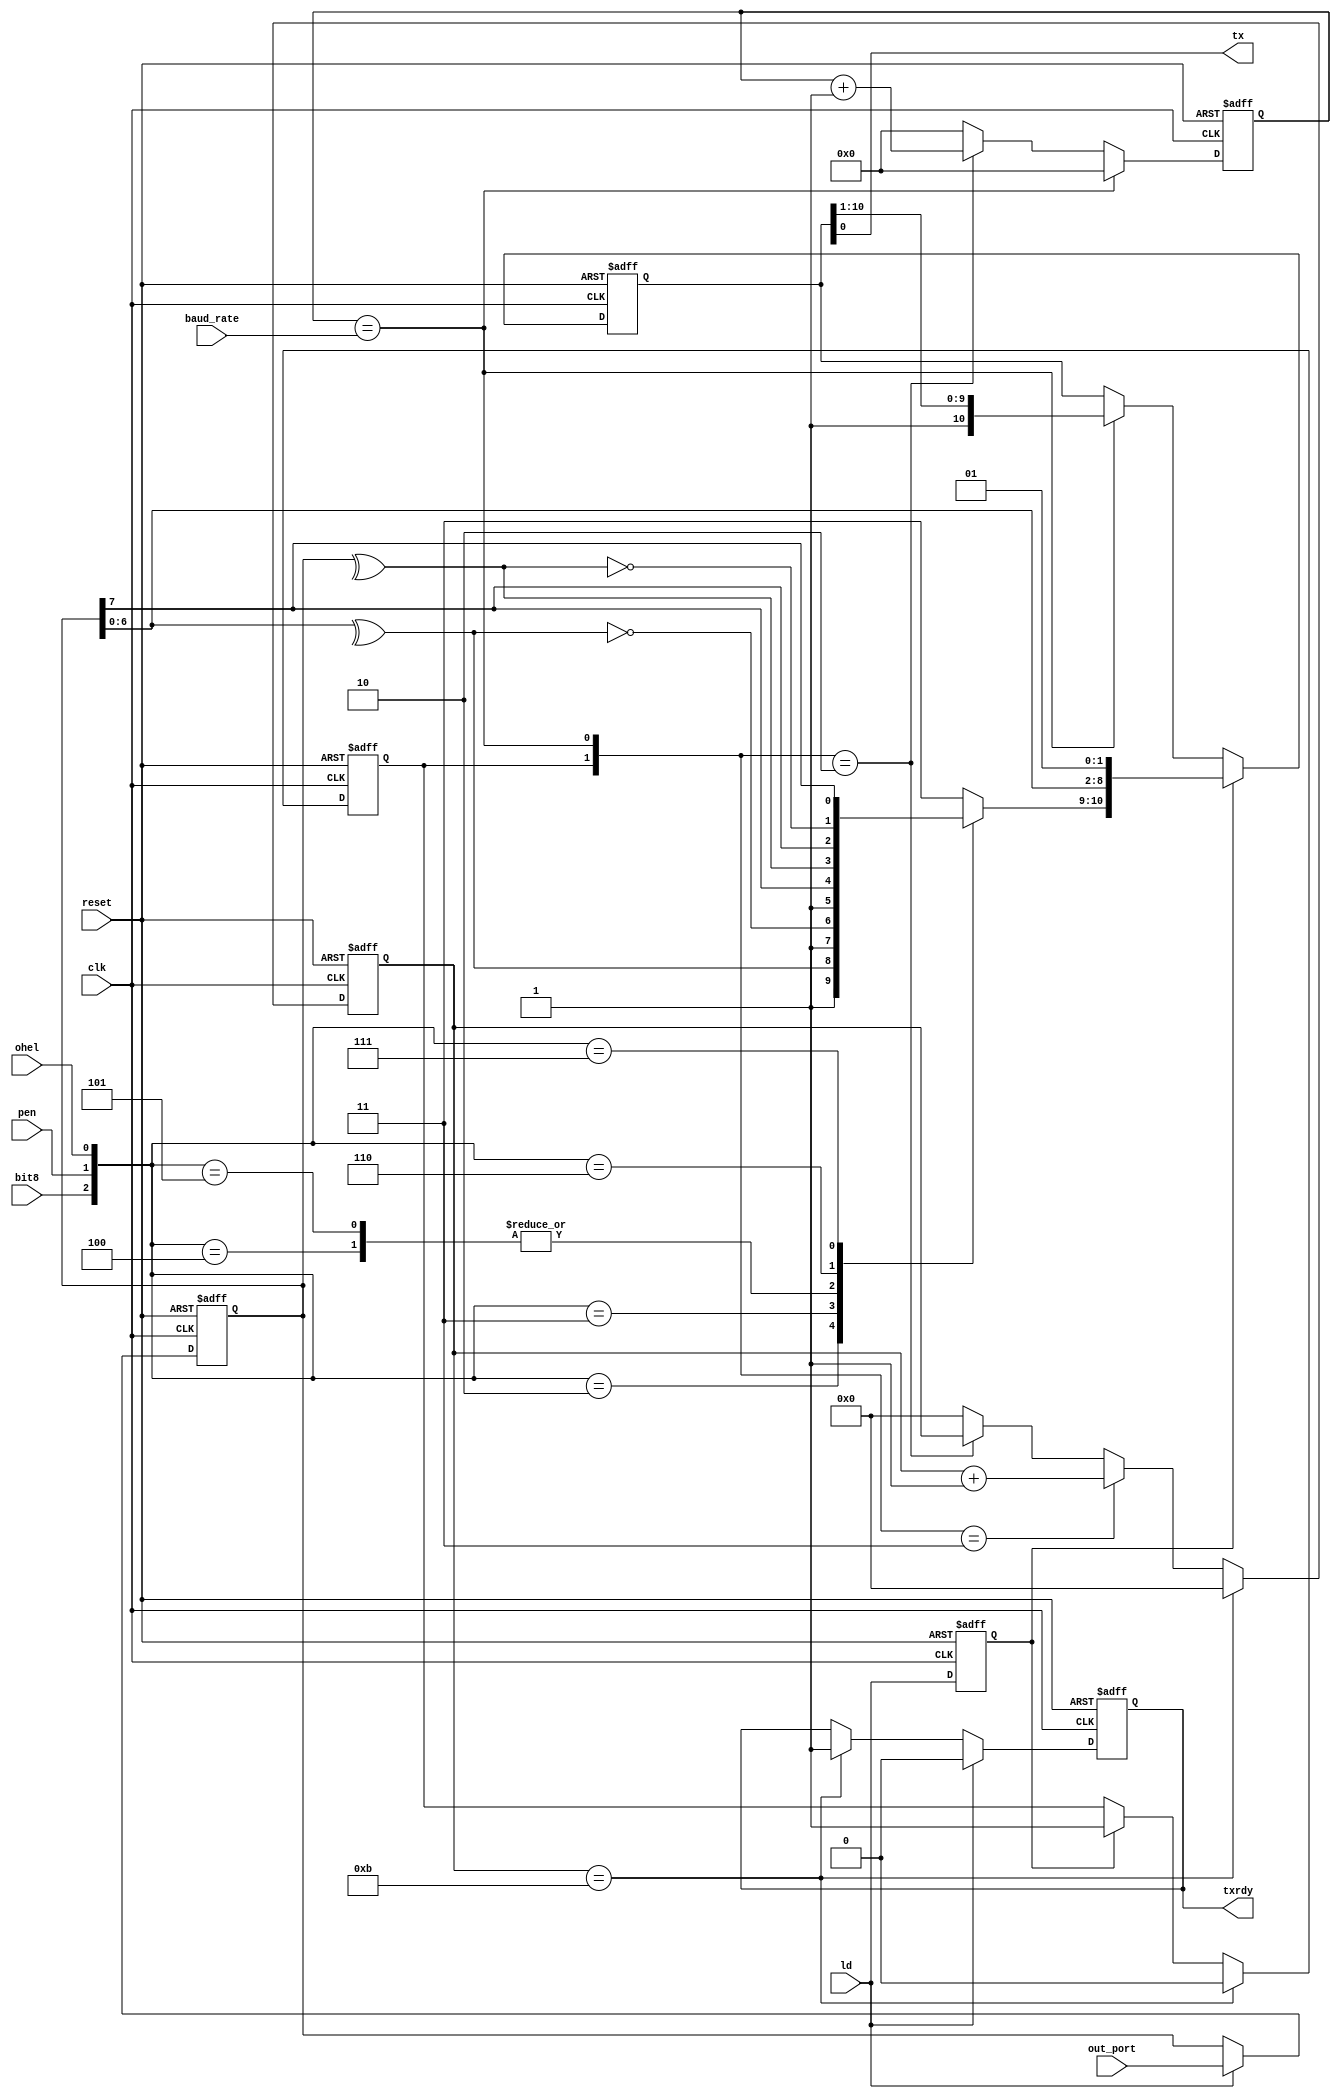
`timescale 1ns / 1ps
//****************************************************************//
//                                                                //
//  Created by       Thomas Nguyen on 2/18/19.                    //
//  Copyright c 2019 Thomas Nguyen. All rights reserved.          //
//                                                                //
//                                                                //
//  In submitting this file for class work at CSULB               //
//  I am confirming that this is my work and the work             //
//  of no one else. In submitting this code I acknowledge that    //
//  plagiarism in student project work is subject to dismissal.   //
//  from the class                                                //
//****************************************************************//
module tx_engine(  clk, reset, ld, bit8, pen, ohel, baud_rate,
                   out_port, tx, txrdy);

   input              clk, reset, ld, bit8, pen, ohel;
   input        [7:0] out_port;
   input       [19:0] baud_rate;    //Baud count value

   output             tx;           //Transmit

   //flip flops
   output reg         txrdy;        //Transmit Ready
   reg                doit, loaddi;

   //registers
   reg          [7:0] ldata;        //Ldata
   reg         [10:0] shift;        //Shift Register

   //counters
   reg          [3:0] bc, bc_i;     //Bit Count Value
   reg         [19:0] btc, btc_i;   //Bit Time Count Value

   wire               done, btu;
   reg          [1:0] parity;       //2 MSB for Shift Register

   ////////////COUNTERS//////////////////
   //bit counter
   assign done = (bc_i == 4'b1011);

   always@(*)
      if(done)        bc = 4'b0;
      else if({doit, btu} == 2'b11)
                      bc = bc_i + 4'b1;
      else if({doit, btu} == 2'b10)
                      bc = bc_i;
      else            bc = 4'b0;

   always@(posedge clk, posedge reset)
      if(reset)       bc_i <= 4'b0;
      else            bc_i <= bc;

   //bit time counter
   assign btu = (btc_i == baud_rate);

   always@(*)
      if(btu)         btc = 20'b0; 
      else if({doit, btu} == 2'b10)
                      btc = btc_i + 20'b1;
      else            btc = 20'b0;

   always@(posedge clk, posedge reset)
      if(reset)       btc_i <= 20'b0;
      else            btc_i <= btc;

   // ------------ FLIP FLOPS ------------ //
   //loaddi flop
   always@(posedge clk, posedge reset)
      if(reset)       loaddi <= 1'b0;
      else            loaddi <= ld;

   //RS flop called DOIT
   always@(posedge clk, posedge reset)
      if(reset)       doit <= 1'b0;
      else if(done)   doit <= 1'b0;
      else if(loaddi) doit <= 1'b1;
      else            doit <= doit;

   //TX bit
   assign tx = shift[0];

   //TXRDY RS flop (LOW ACTIVE)
   always@(posedge clk, posedge reset)
      if(reset)       txrdy <= 1'b1;
      else if(ld)     txrdy <= 1'b0;
      else if(done)   txrdy <= 1'b1;
      else            txrdy <= txrdy;

   // ------------ REGISTERS ------------ //
   //ldata register
   always@(posedge clk, posedge reset)
      if(reset)       ldata <= 8'b0;
      else if(ld)     ldata <= out_port;
      else            ldata <= ldata;

   //shift register
   always@(posedge clk, posedge reset)
      if(reset)       shift <= 11'h7ff;
      else if(loaddi) shift <= {parity, ldata[6:0], 1'b0, 1'b1};
      else if(btu)    shift <= {1'b1, shift[10:1]};
      else            shift <= shift;

   //2-bit data for parity
   always@(*)
      case({bit8, pen, ohel})
         3'h2   : parity = {   1'b1,   (^ldata[6:0])};
         3'h3   : parity = {   1'b1,  ~(^ldata[6:0])};
         3'h4   : parity = {   1'b1,        ldata[7]};
         3'h5   : parity = {   1'b1,        ldata[7]};
         3'h6   : parity = { (^ldata),      ldata[7]};
         3'h7   : parity = {~(^ldata),      ldata[7]};
         default: parity =     2'b11;
      endcase
                              
endmodule